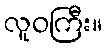
လူဝကြီး။